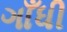
ગાઁધી